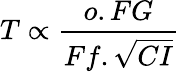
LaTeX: T\propto{\frac{o.FG}{Ff.{\sqrt{CI}}}}